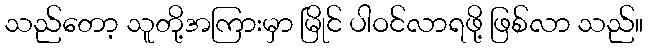
သည်တော့ သူတို့အကြားမှာ မြိုင် ပါဝင်လာရဖို့ ဖြစ်လာ သည်။